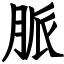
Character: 脈